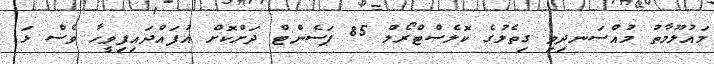
މައުލޫމާތު މުއްސަނދިވި ގިތެލުގެ ކޮލެސްޓްރޯލް 85 ޕަސެންޓް ދަށްކޮށް އުފައްދައިފިވީހާ ވެސް ޅަ